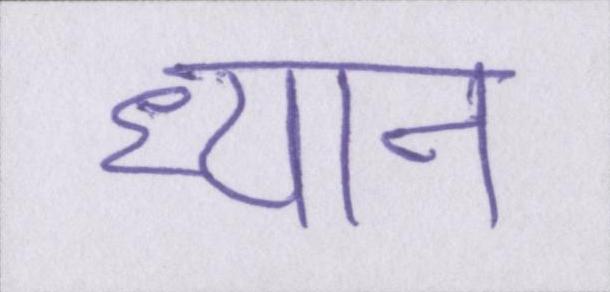
ध्यान